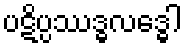
ပဋိပ္ပဿဒ္ဓလဒ္ဓေါ